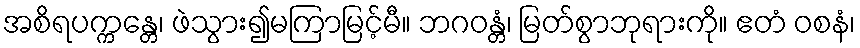
အစိရပက္ကန္တေ၊ ဖဲသွား၍မကြာမြင့်မီ။ ဘဂဝန္တံ၊ မြတ်စွာဘုရားကို။ ဧတံ ဝစနံ၊